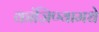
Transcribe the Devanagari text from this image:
कांजिण्यामधे